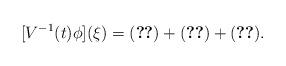
LaTeX: \begin{align*}[V^{-1}(t)\phi](\xi) = \eqref{via1}+\eqref{via2}+\eqref{via3}. \end{align*}